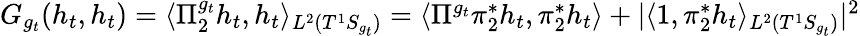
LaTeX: \begin{array}{r}{G_{g_{t}}(h_{t},h_{t})=\langle\Pi_{2}^{g_{t}}h_{t},h_{t}\rangle_{L^{2}(T^{1}S_{g_{t}})}=\langle\Pi^{g_{t}}\pi_{2}^{*}h_{t},\pi_{2}^{*}h_{t}\rangle+|\langle 1,\pi_{2}^{*}h_{t}\rangle_{L^{2}(T^{1}S_{g_{t}})}|^{2}}\end{array}